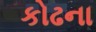
કોઢના